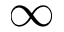
\infty